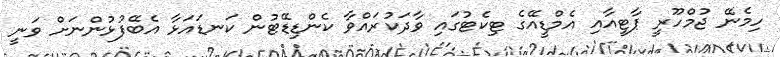
ހިމެނޭ ޖުމްހޫރީ ޕާޓީއާއި އެމްޑީއޭގެ ޓިކެޓުގައި ވާދަކުރައްވާ ކެންޑިޑޭޓުން ކަނޑައަޅާ އެބޭފުޅުންނަށް ވަނީ